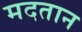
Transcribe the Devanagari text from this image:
मदतान